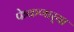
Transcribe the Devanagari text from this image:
फेकणार्‍या